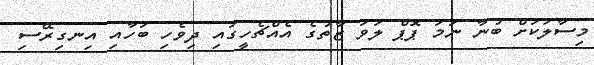
މިސާލަކަށް ބުނާ ނަމަ ޕޮޕް ލަވަ ޒާތުގެ އެއްޗެހީގައި ދިވެހި ބަހާއި އިނގިރޭސި